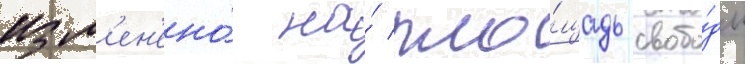
изм'ен'ено́ на́ пло́щадь свобо́ды